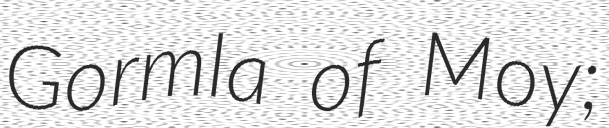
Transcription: Gormla of Moy;